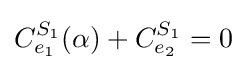
C_{e_{1}}^{S_{1}}(\alpha )+C_{e_{2}}^{S_{1}}=0